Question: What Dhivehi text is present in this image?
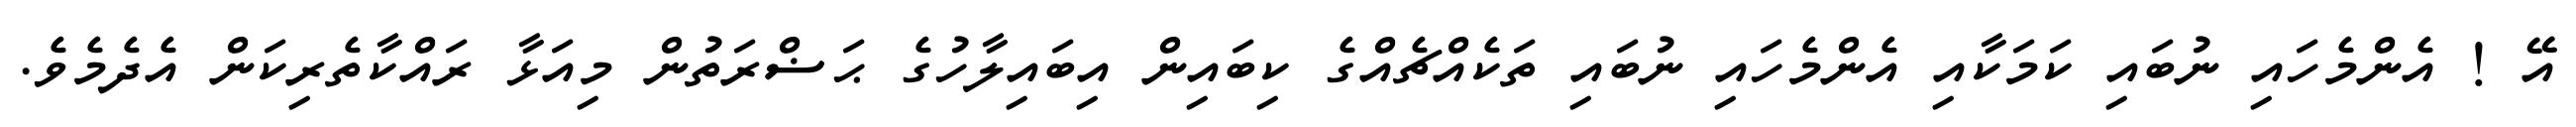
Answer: އޭ ! އެންމެހައި ނުބައި ކަމަކާއި އެންމެހައި ނުބައި ތަކެއްޗެއްގެ ކިބައިން އިބައިލާހުގެ ޙަޟްރަތުން މިއަޅާ ރައްކާތެރިކަން އެދެމެވެ.